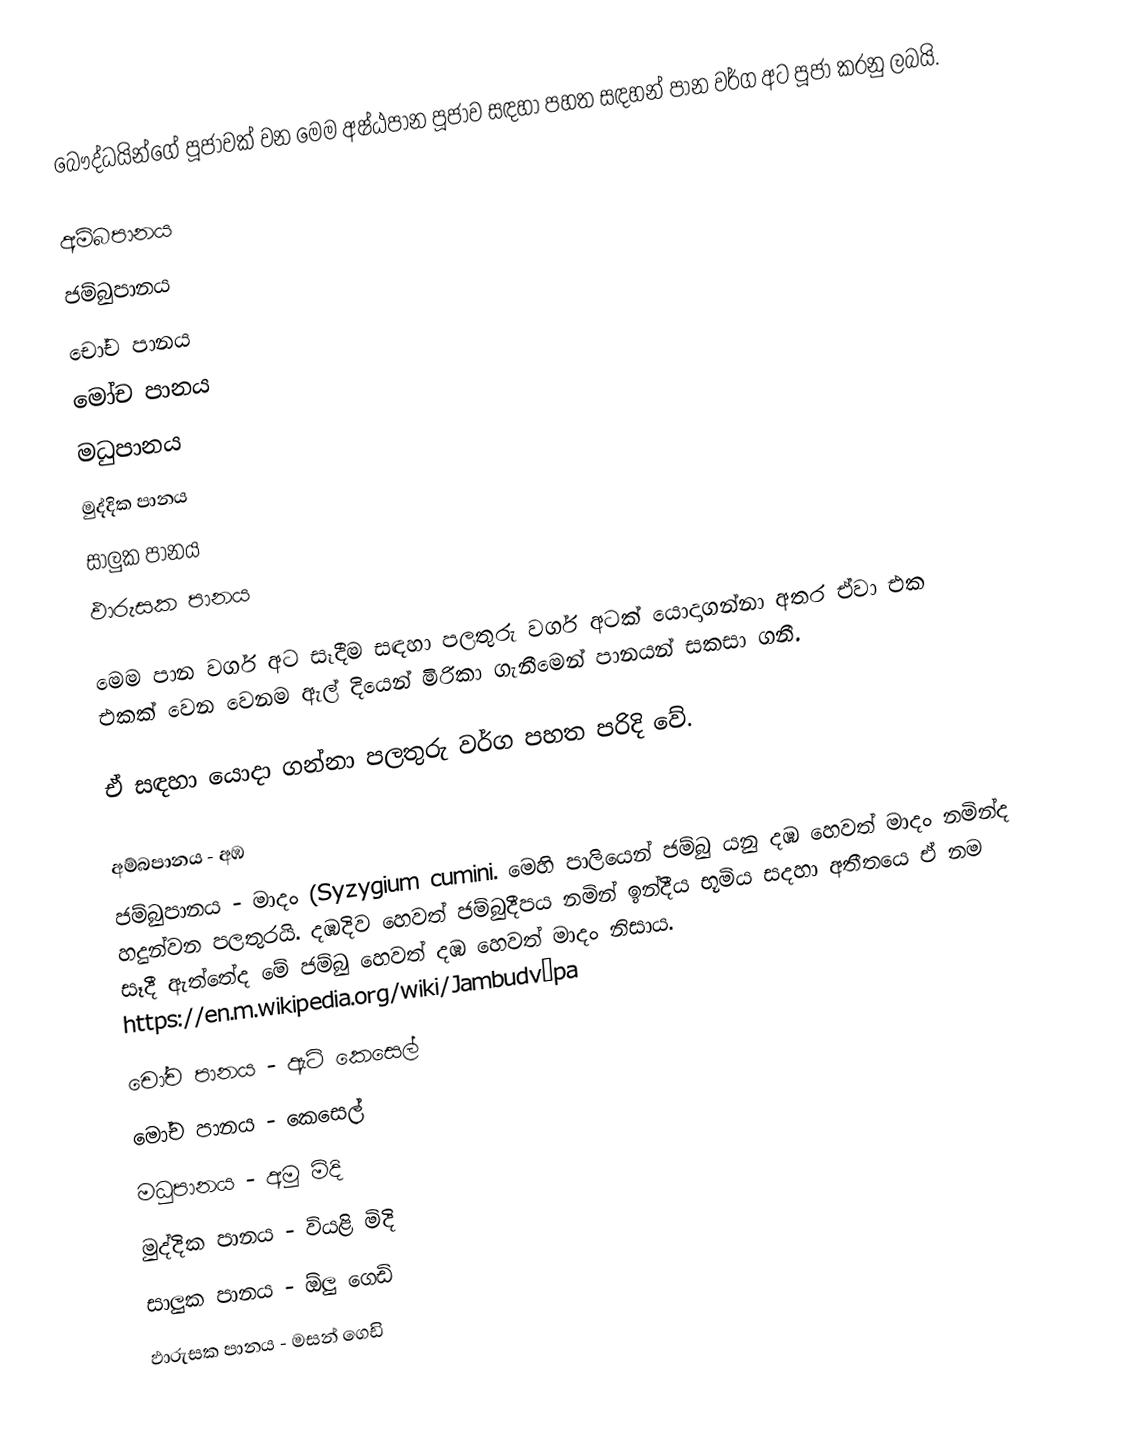
බෞද්ධයින්ගේ පූජාවක් වන මෙම අෂ්ඨපාන පූජාව සඳහා පහත සඳහන් පාන වර්ග අට පූජා කරනු ලබයි.

 අම්බපානය
 ජම්බුපානය
 චෝච පානය
 මෝච පානය
 මධුපානය
 මුද්දික පානය
 සාලුක පානය
 ඵාරුසක පානය

මෙම පාන වර්ග අට සෑදීම සඳහා පලතුරු වර්ග අටක් යොදාගන්නා අතර ඒවා එක එකක් වෙන වෙනම ඇල් දියෙන් මිරිකා ගැනීමෙන් පානයන් සකසා ගනී.

ඒ සඳහා යොදා ගන්නා පලතුරු වර්ග පහත පරිදි වේ.

 අම්බපානය - අඹ
 ජම්බුපානය - මාදං (Syzygium cumini. මෙහි පාලියෙන් ජම්බු යනු දඹ හෙවත් මාදං නමින්ද හදුන්වන පලතුරයි. දඹදිව හෙවත් ජම්බුදීපය නමින් ඉන්දීය භූමිය සදහා අතීතයෙ ඒ නම සෑදී ඇත්තේද මේ ජම්බු හෙවත් දඹ හෙවත් මාදං නිසාය. https://en.m.wikipedia.org/wiki/Jambudvīpa
 චෝච පානය - ඇටි කෙසෙල්
 මෝච පානය - කෙසෙල්
 මධුපානය - අමු මිදි
 මුද්දික පානය - වියළි මිදි
 සාලුක පානය - ඕලු ගෙඩි
 ඵාරුසක පානය - මසන් ගෙඩි